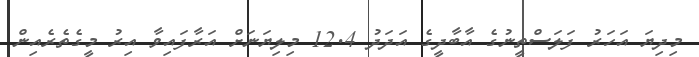
މިދިޔަ އަހަރު ފަލަސްތީނުގެ އާބާދީގެ އަދަދު 12.4 މިލިޔަނަށް އަރާފައިވާ އިރު މީގެތެރެއިން